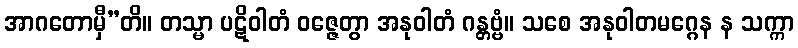
အာဂတောမှီ”တိ။ တသ္မာ ပဋိဝါတံ ဝဇ္ဇေတွာ အနုဝါတံ ဂန္တဗ္ဗံ။ သစေ အနုဝါတမဂ္ဂေန န သက္ကာ